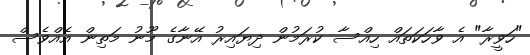
"ހަވީރާ" އެ ވާހަކަތައް ހިއްސާ ކުރަމުން ދިޔައިރު އޭނާގެ މޫނު މަތިން އެއްވެސް